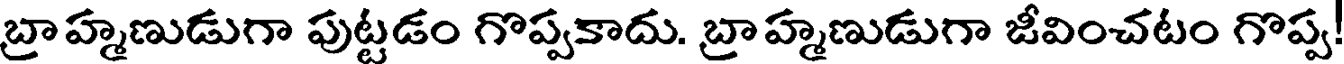
బ్రాహ్మణుడుగా పుట్టడం గొప్పకాదు. బ్రాహ్మణుడుగా జీవించటం గొప్ప